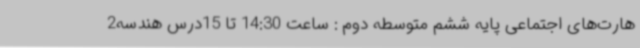
هارت‌های اجتماعی پایه ششم متوسطه دوم : ساعت 14:30 تا 15درس هندسه2